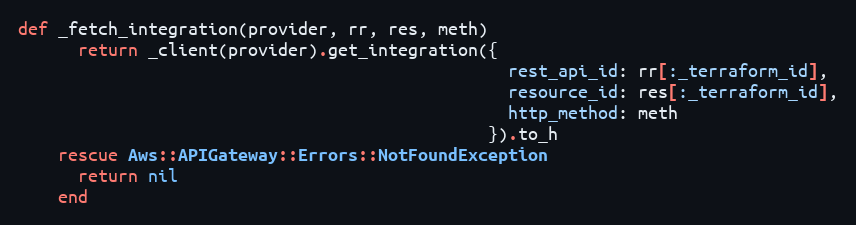
Language: Ruby
def _fetch_integration(provider, rr, res, meth)
      return _client(provider).get_integration({
                                                 rest_api_id: rr[:_terraform_id],
                                                 resource_id: res[:_terraform_id],
                                                 http_method: meth
                                               }).to_h
    rescue Aws::APIGateway::Errors::NotFoundException
      return nil
    end